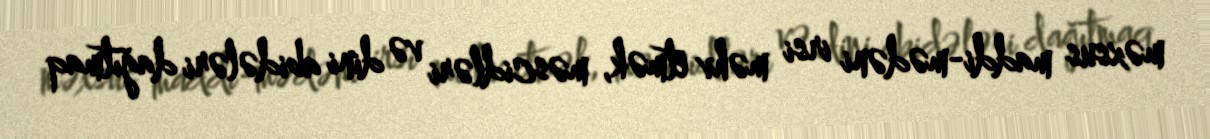
məxsus maddi-mədəni irsi məhv etmək, məscidləri və dini abidələri dağıtmaq